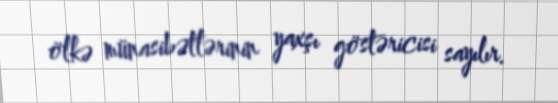
ölkə münasibətlərinin yaxşı göstəricisi sayılır.